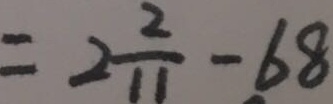
= 2 \frac { 2 } { 1 1 } - 6 8